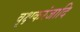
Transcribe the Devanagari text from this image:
वृक्षकरंजादि